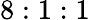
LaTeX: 8:1:1